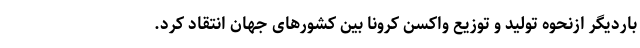
باردیگر ازنحوه تولید و توزیع واکسن کرونا بین کشورهای جهان انتقاد کرد.